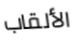
الألقاب